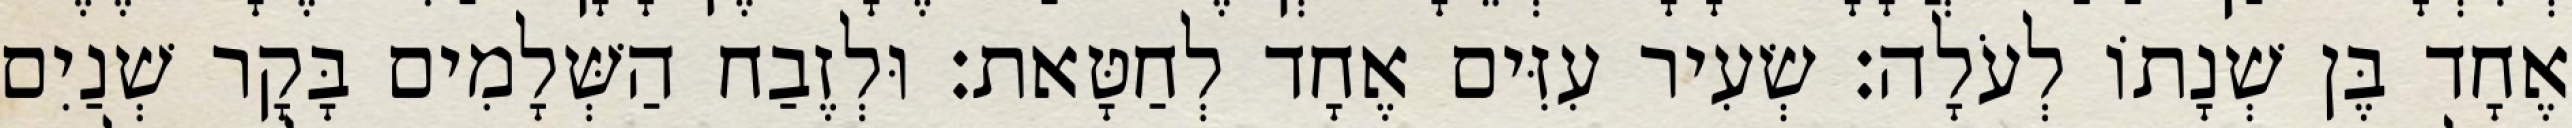
אֶחָד בֶּן שְׁנָתוֹ לְעֹלָה׃ שְׂעִיר עִזִּים אֶחָד לְחַטָּאת׃ וּלְזֶבַח הַשְּׁלָמִים בָּקָר שְׁנַיִם